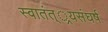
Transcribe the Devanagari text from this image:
स्वातंत््रयसंघर्ष